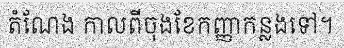
តំណែង កាលពីចុងខែកញ្ញាកន្លងទៅ។